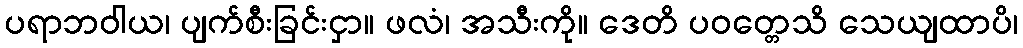
ပရာဘဝါယ၊ ပျက်စီးခြင်းငှာ။ ဖလံ၊ အသီးကို။ ဒေတိ ပဝတ္တေသိ သေယျထာပိ၊